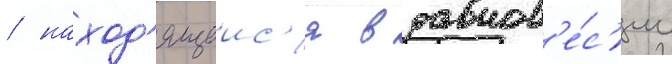
/ наход'ящеис'я в равнов'е́с'ии